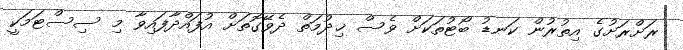
ރަށްރަށުގެ އިތުރުން ކަނޑު ބޯޓުތަކަށް ވެސް ޚިދުމަތް ދެވޭގޮތަށް އުފައްދާފައިވާ މި ސިސްޓަމަކީ